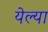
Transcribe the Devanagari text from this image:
येल्या